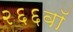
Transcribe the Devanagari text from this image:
२६६वॉ